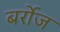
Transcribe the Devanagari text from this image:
बर्रोज